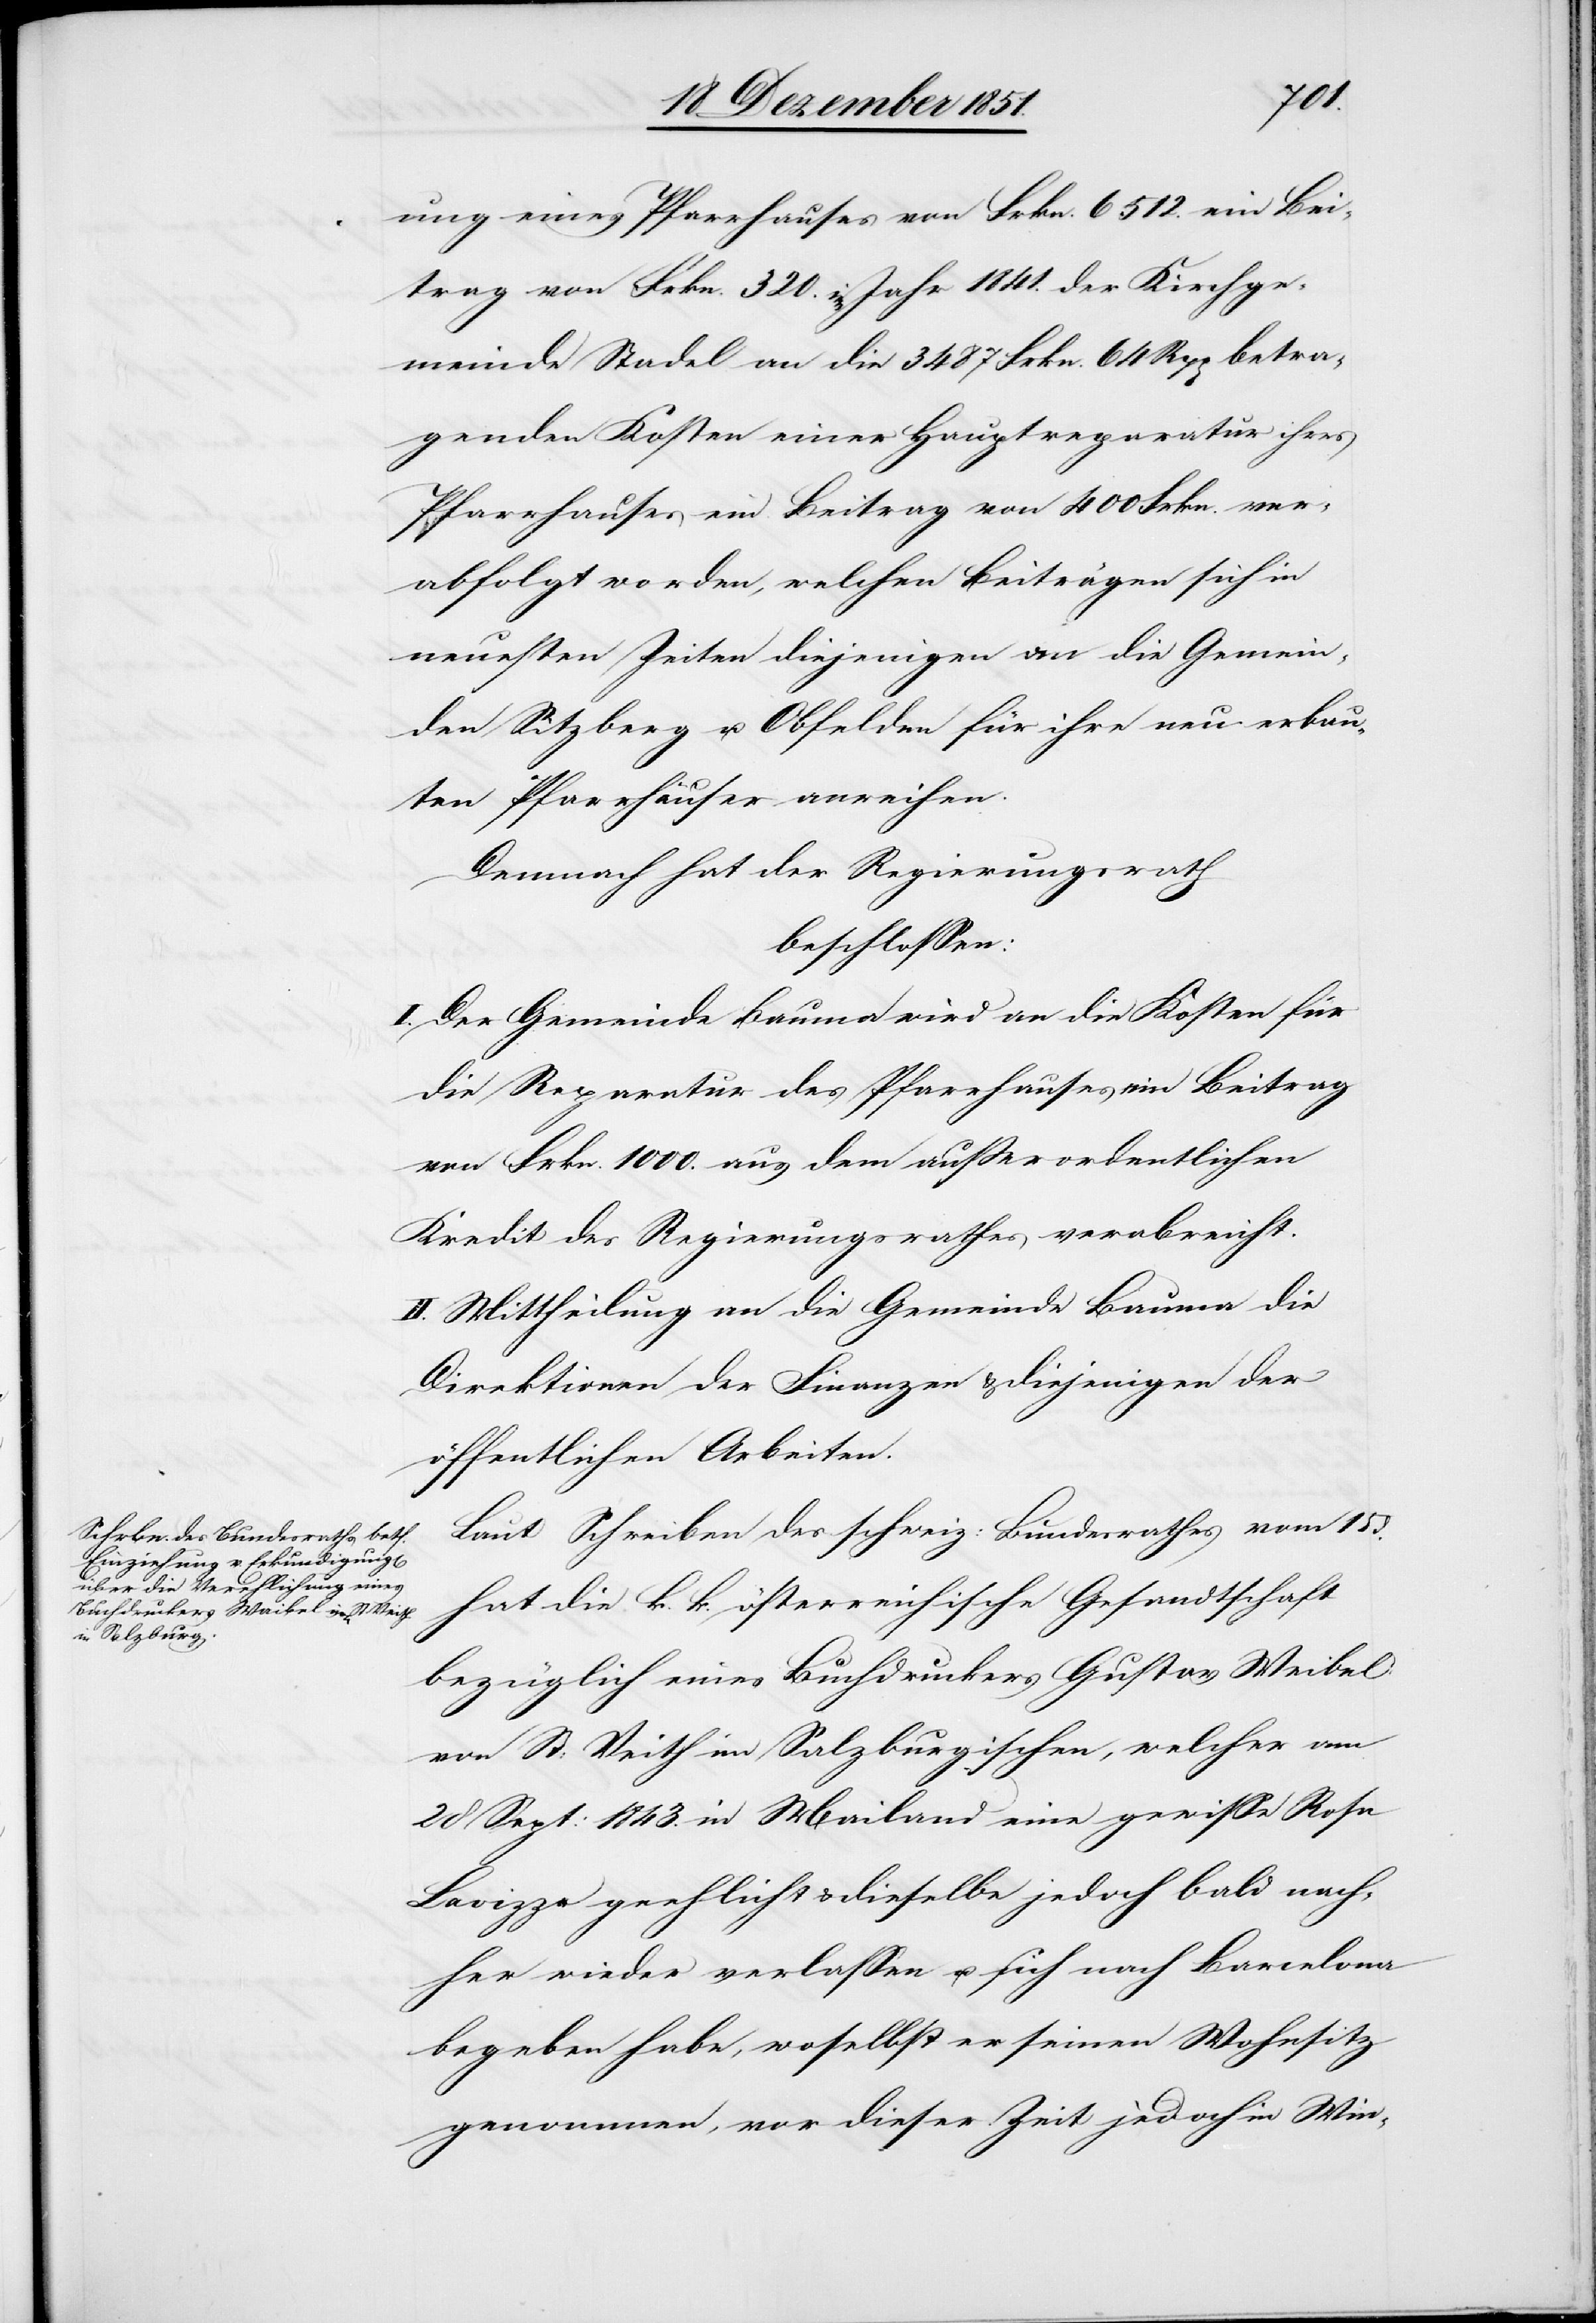
ung eines Pfarrhauses von Frkn. 6512. ein Bei¬
trag von Frkn. 320.[,] im Jahr 1841. der Kirchge¬
meinde Stadel an die 3487 Frkn. 64 Rpp betra¬
genden Kosten einer Hauptreparatur ihres
Pfarrhauses ein Beitrag von 400 Frkn. ver¬
abfolgt worden, welchen Beiträgen sich in
neuesten Zeiten diejenigen an die Gemein¬
den Sitzberg u. Obfelden für ihre neu erbau¬
ten Pfarrhäuser anreihen.
Demnach hat der Regierungsrath
beschlossen:
I. Der Gemeinde Bauma wird an die Kosten für
die Reparatur des Pfarrhauses ein Beitrag
von Frkn. 1000. aus dem außerordentlichen
Kredit des Regierungsrathes verabreicht.
II. Mittheilung an die Gemeinde Bauma[,] die
Direktionen der Finanzen & diejenigen der
öffentlichen Arbeiten.
Laut Schreiben des schweiz: Bundesrathes vom 15
hat die k. k. österreichische Gesandtschaft
bezüglich eines Buchdruckers Gustav Weibel
von St: Veith im Salzburgischen, welcher am
28 Sept: 1843. in Mailand eine gewisse Rosa
Lavizza geehlicht & dieselbe jedoch bald nach¬
her wieder verlassen u. sich nach Barcelona
begeben habe, woselbst er seinen Wohnsitz
genommen, vor dieser Zeit jedoch in Win-